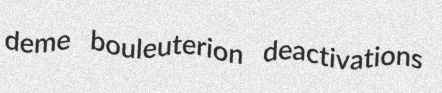
deme bouleuterion deactivations